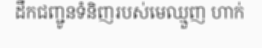
ដឹកជញ្ជូនទំនិញរបស់មេឈ្មួញ ហាក់